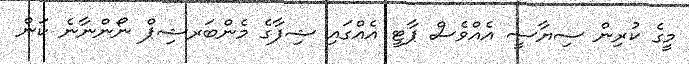
މީގެ ކުރިން ސިޔާސީ އެއްވެސް ޕާޓީ އެއްގައި ޝިފާގެ މެންބަރޝިޕް ނޯންނާނެ ކަން